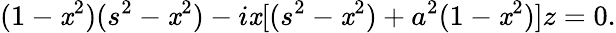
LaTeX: (1-\mathit{x}^{2})(s^{2}-\mathit{x}^{2})-i\mathit{x}[(s^{2}-\mathit{x}^{2})+a^{2}(1-\mathit{x}^{2})]z=0.